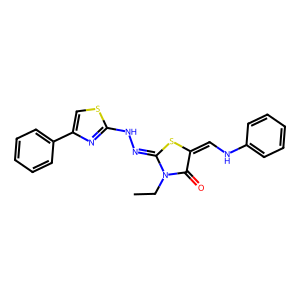
SMILES: CCN1C(=O)C(=CNc2ccccc2)SC1=NNc1nc(-c2ccccc2)cs1
Inhibits HIV replication: No